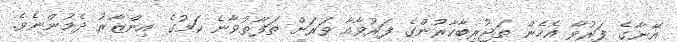
އޭނާގެ ފަރުވާ އެހެން ތަޖުރިބާކާރުންގެ ފަރުވާއާ ވަރަށް ތަފާތުވާނެ ކަމުގެ އިންޒާރު ދެމުންނެވެ.